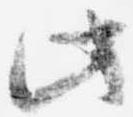
此